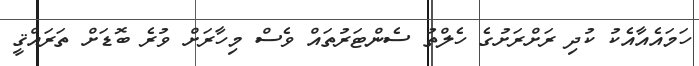
ހަމައެއާއެކު ކުދި ރަށްރަށުގެ ހެލްތު ސެންޓަރުތައް ވެސް މިހާރަށް ވުރެ ބޮޑަށް ތަރައްޤީ